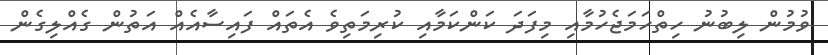
ވުމުން ލިބުނު ހިތްހަމަޖެހުމާއި މިފަދަ ކަންކަމާއި ކުރިމަތިވެ އެތައް ފައިސާއެއް އަތުން ގެއްލިގެން